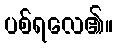
ပစ်ရလေ၏။